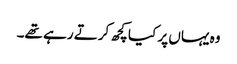
وہ یہاں پر کیا کچھ کرتے رہے تھے۔